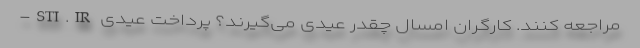
-STI.IR مراجعه کنند. کارگران امسال چقدر عیدی می‌گیرند؟ پرداخت عیدی